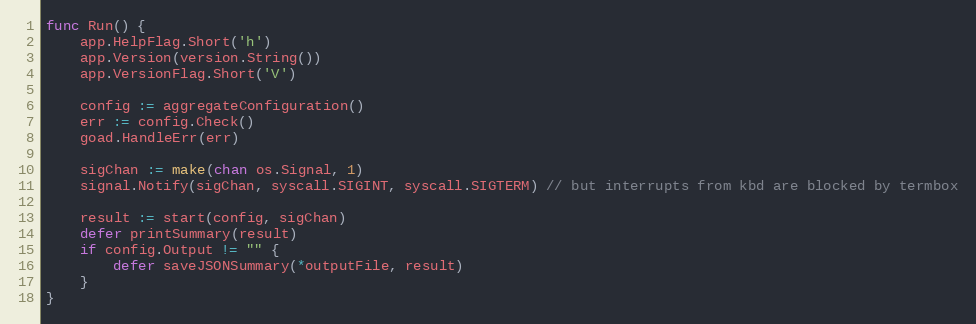
Language: Go
func Run() {
	app.HelpFlag.Short('h')
	app.Version(version.String())
	app.VersionFlag.Short('V')

	config := aggregateConfiguration()
	err := config.Check()
	goad.HandleErr(err)

	sigChan := make(chan os.Signal, 1)
	signal.Notify(sigChan, syscall.SIGINT, syscall.SIGTERM) // but interrupts from kbd are blocked by termbox

	result := start(config, sigChan)
	defer printSummary(result)
	if config.Output != "" {
		defer saveJSONSummary(*outputFile, result)
	}
}